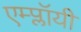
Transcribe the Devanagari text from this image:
एम्प्लॉयी